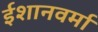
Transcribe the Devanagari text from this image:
ईशानवर्मा